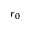
r _ { 0 }